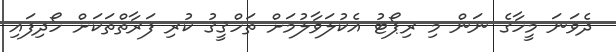
ދެވަނަ މީހާގެ ނަން މި ރިޕޯޓު އެކުލަވާލުމަށް ތަހްޤީޤު ކުރި ފަރާތްތަކަށް ހޯދިފައި